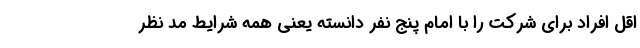
اقل افراد برای شرکت را با امام پنج نفر دانسته یعنی همه شرایط مد نظر